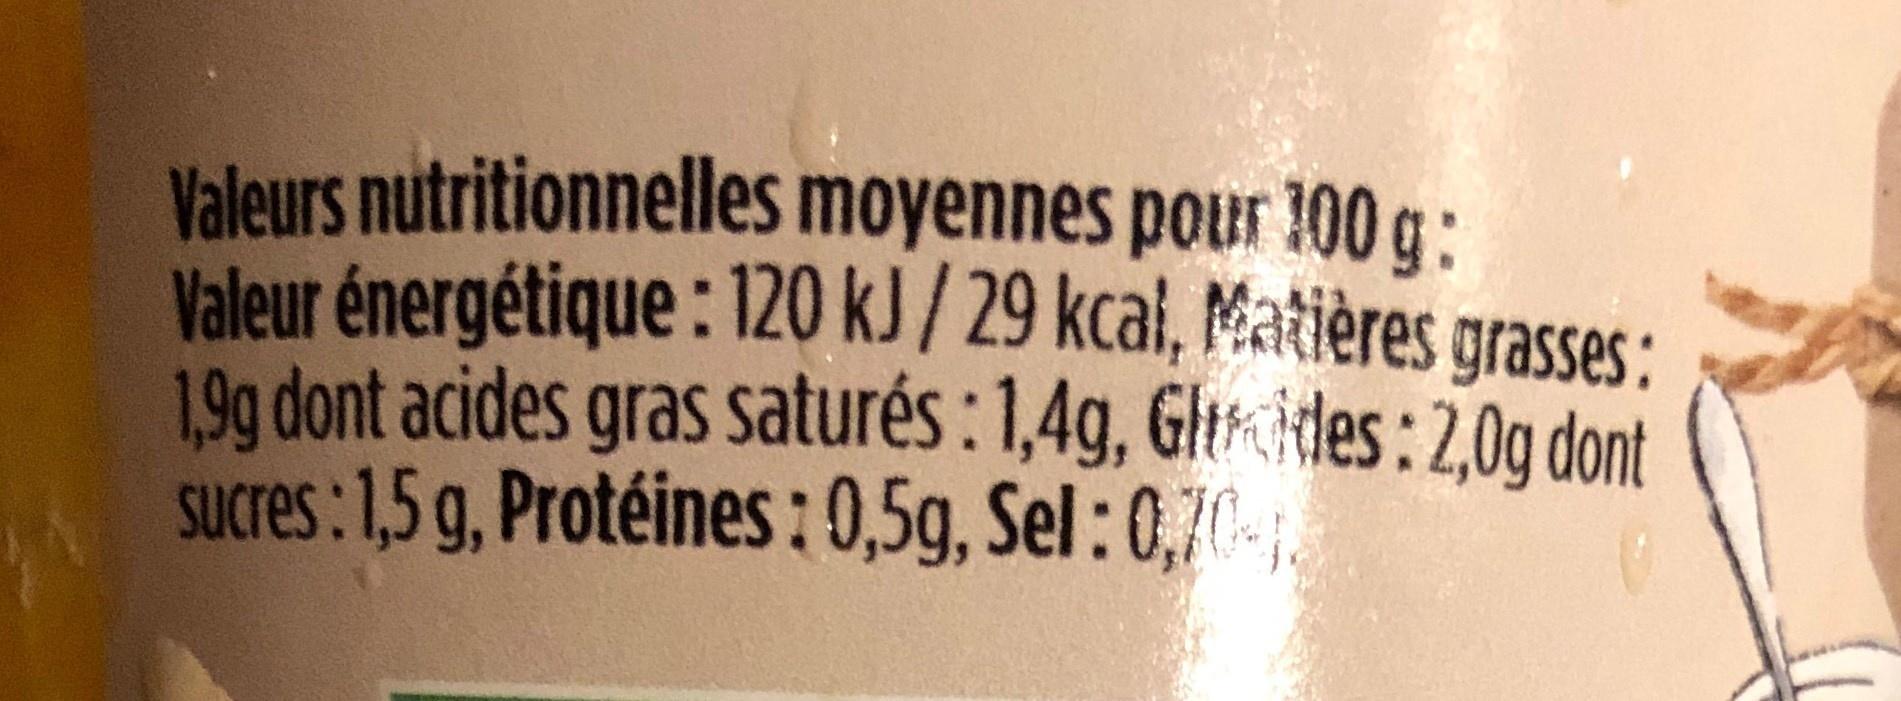
Valeurs nutritionnelles moyennes pour 100 g: Valeur énergétique : 120 kJ / 29 kcał, Matières grasses: 19g dont acides gras saturés : 1,4g, Gltrides: 2,0g dont sucres:1,5 g, Protéines : 0,5g, Sel: 0,7-,